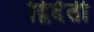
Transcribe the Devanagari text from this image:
द्विर्दंती